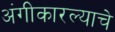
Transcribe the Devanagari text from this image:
अंगीकारल्याचे